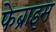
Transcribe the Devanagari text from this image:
फेब्राइस